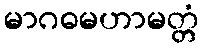
မာဂဓမဟာမတ္တံ